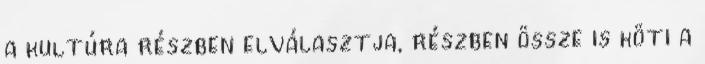
a kultúra részben elválasztja, részben össze is köti a